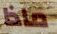
ماذا